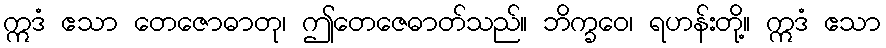
ဣဒံ ဧသာ တေဇောဓာတု၊ ဤတေဇေဓာတ်သည်။ ဘိက္ခဝေ၊ ရဟန်းတို့။ ဣဒံ ဧသာ